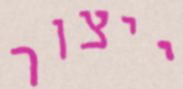
ייצור